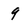
Character: 9